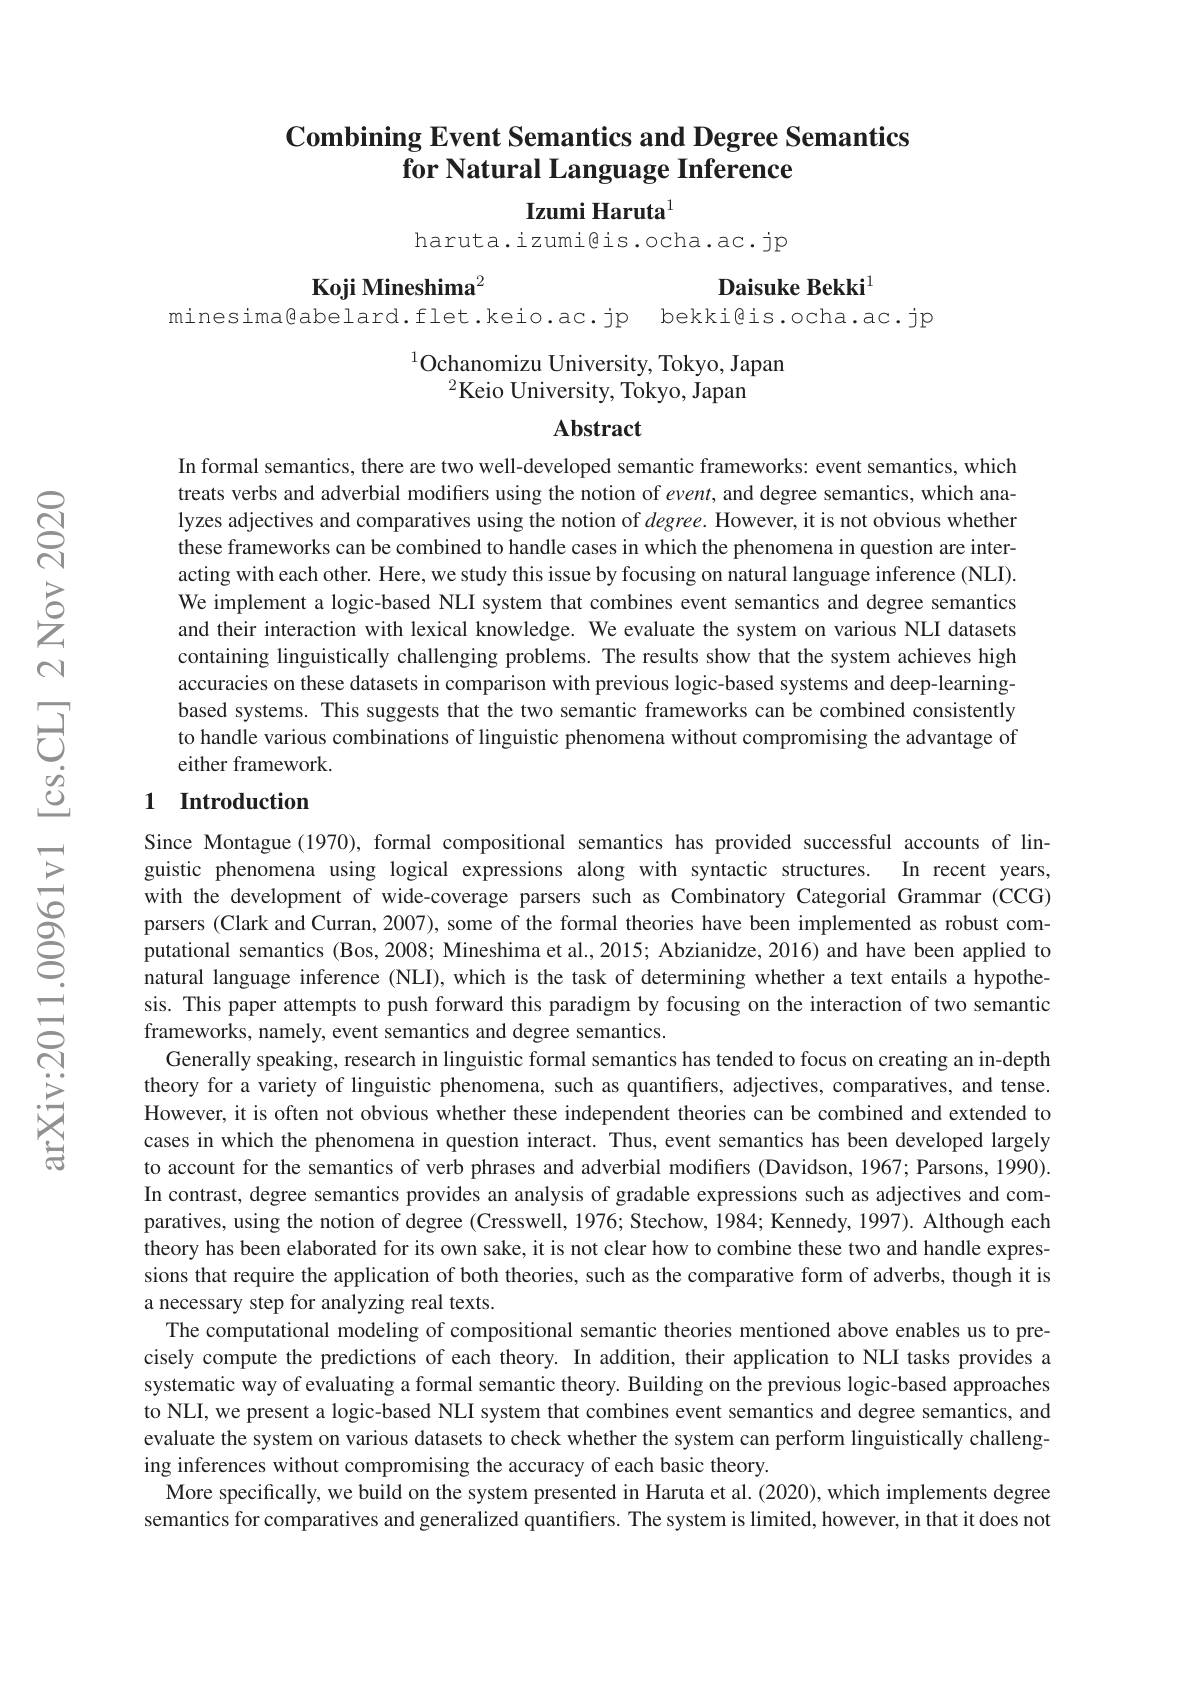
# Combining Event Semantics and Degree Semantics for Natural Language Inference

Izumi Haruta$^{1}$

haruta.izumi@is.ocha.ac.jp

Koji Mineshima$^{2}$

Daisuke Bekki$^{1}$

minesima@abelard.flet.keio.ac.jp bekki@is.ocha.ac.jp

$^{1}$Ochanomizu University, Tokyo, Japan
$^{2}$Keio University, Tokyo, Japan

Abstract

In formal semantics, there are two well-developed semantic frameworks: event semantics, which treats verbs and adverbial modifiers using the notion of $event$, and degree semantics, which analyzes adjectives and comparatives using the notion of $degree.$ However, it is not obvious whether these frameworks can be combined to handle cases in which the phenomena in question are interacting with each other. Here, we study this issue by focusing on natural language inference (NLI). We implement a logic-based NLI system that combines event semantics and degree semantics and their interaction with lexical knowledge. We evaluate the system on various NLI datasets containing linguistically challenging problems. The results show that the system achieves high accuracies on these datasets in comparison with previous logic-based systems and deep-learningbased systems. This suggests that the two semantic frameworks can be combined consistently to handle various combinations of linguistic phenomena without compromising the advantage of either framework.

## 1 Introduction

Since Montague (1970), formal compositional semantics has provided successful accounts of linguistic phenomena using logical expressions along with syntactic structures. In recent years, with the development of wide-coverage parsers such as Combinatory Categorial Grammar (CCG) parsers (Clark and Curran, 2007), some of the formal theories have been implemented as robust computational semantics (Bos, 2008; Mineshima et al., 2015; Abzianidze, 2016) and have been applied to natural language inference (NLI), which is the task of determining whether a text entails a hypothes porthes porting sther (1-1) sis. This paper attempts to push forward this paradigm by focusing on the interaction of two semantic frameworks, namely, event semantics and degree semantics.
Generally speaking, research in linguistic formal semantics has tended to focus on creating an in-depth theory for a variety of linguistic phenomena, such as quantifiers, adjectives, comparatives, and tense. However, it is often not obvious whether these independent theories can be combined and extended to cases in which the phenomena in question interact. Thus, event semantics has been developed largely to account for the semantics of verb phrases and adverbial modifiers (Davidson, 1967; Parsons, 1990). In contrast, degree semantics provides an analysis of gradable expressions such as adjectives and comparatives, using the notion of degree (Cresswell, 1976; Stechow, 1984; Kennedy, 1997). Although each theory has been elaborated for its own sake, it is not clear how to combine these two and handle expressions that require the application of both theories, such as the comparative form of adverbs, though it is a necessary step for analyzing real texts.
The computational modeling of compositional semantic theories mentioned above enables us to precisely compute the predictions of each theory. In addition, their application to NLI tasks provides a systematic way of evaluating a formal semantic theory. Building on the previous logic-based approaches to NLI, we present a logic-based NLI system that combines event semantics and degree semantics, and evaluate the system on various datasets to check whether the system can perform linguistically challenging inferences without compromising the accuracy of each basic theory.
More specifically, we build on the system presented in Haruta et al. (2020), which implements degree semantics for comparatives and generalized quantifiers. The system is limited, however, in that it does not